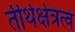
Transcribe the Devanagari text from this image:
तीर्थक्षेत्रत्व